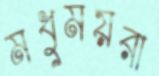
মধুময়রা